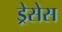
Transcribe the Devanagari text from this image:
ड्रेसेस